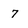
Character: 7